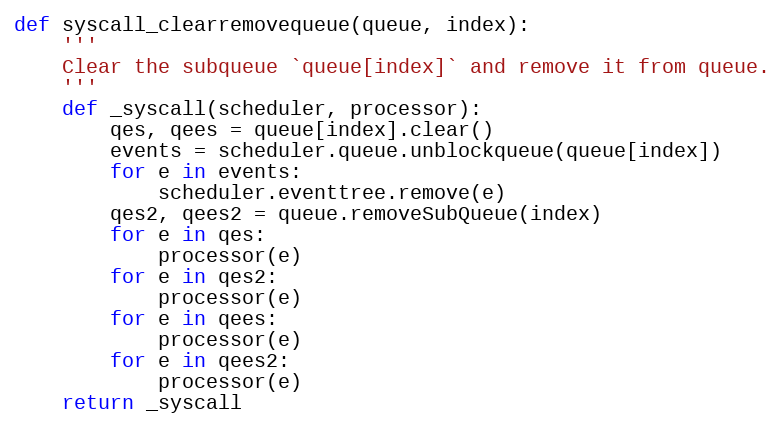
Language: Python
def syscall_clearremovequeue(queue, index):
    '''
    Clear the subqueue `queue[index]` and remove it from queue.
    '''
    def _syscall(scheduler, processor):
        qes, qees = queue[index].clear()
        events = scheduler.queue.unblockqueue(queue[index])
        for e in events:
            scheduler.eventtree.remove(e)
        qes2, qees2 = queue.removeSubQueue(index)
        for e in qes:
            processor(e)
        for e in qes2:
            processor(e)
        for e in qees:
            processor(e)
        for e in qees2:
            processor(e)
    return _syscall